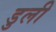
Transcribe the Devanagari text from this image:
डुली